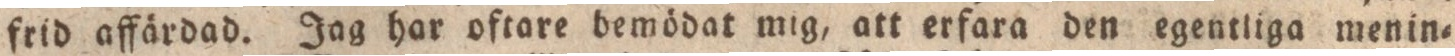
frid affärdad. Jag har oftare bemödat mig, att erfara den egentliga menin=